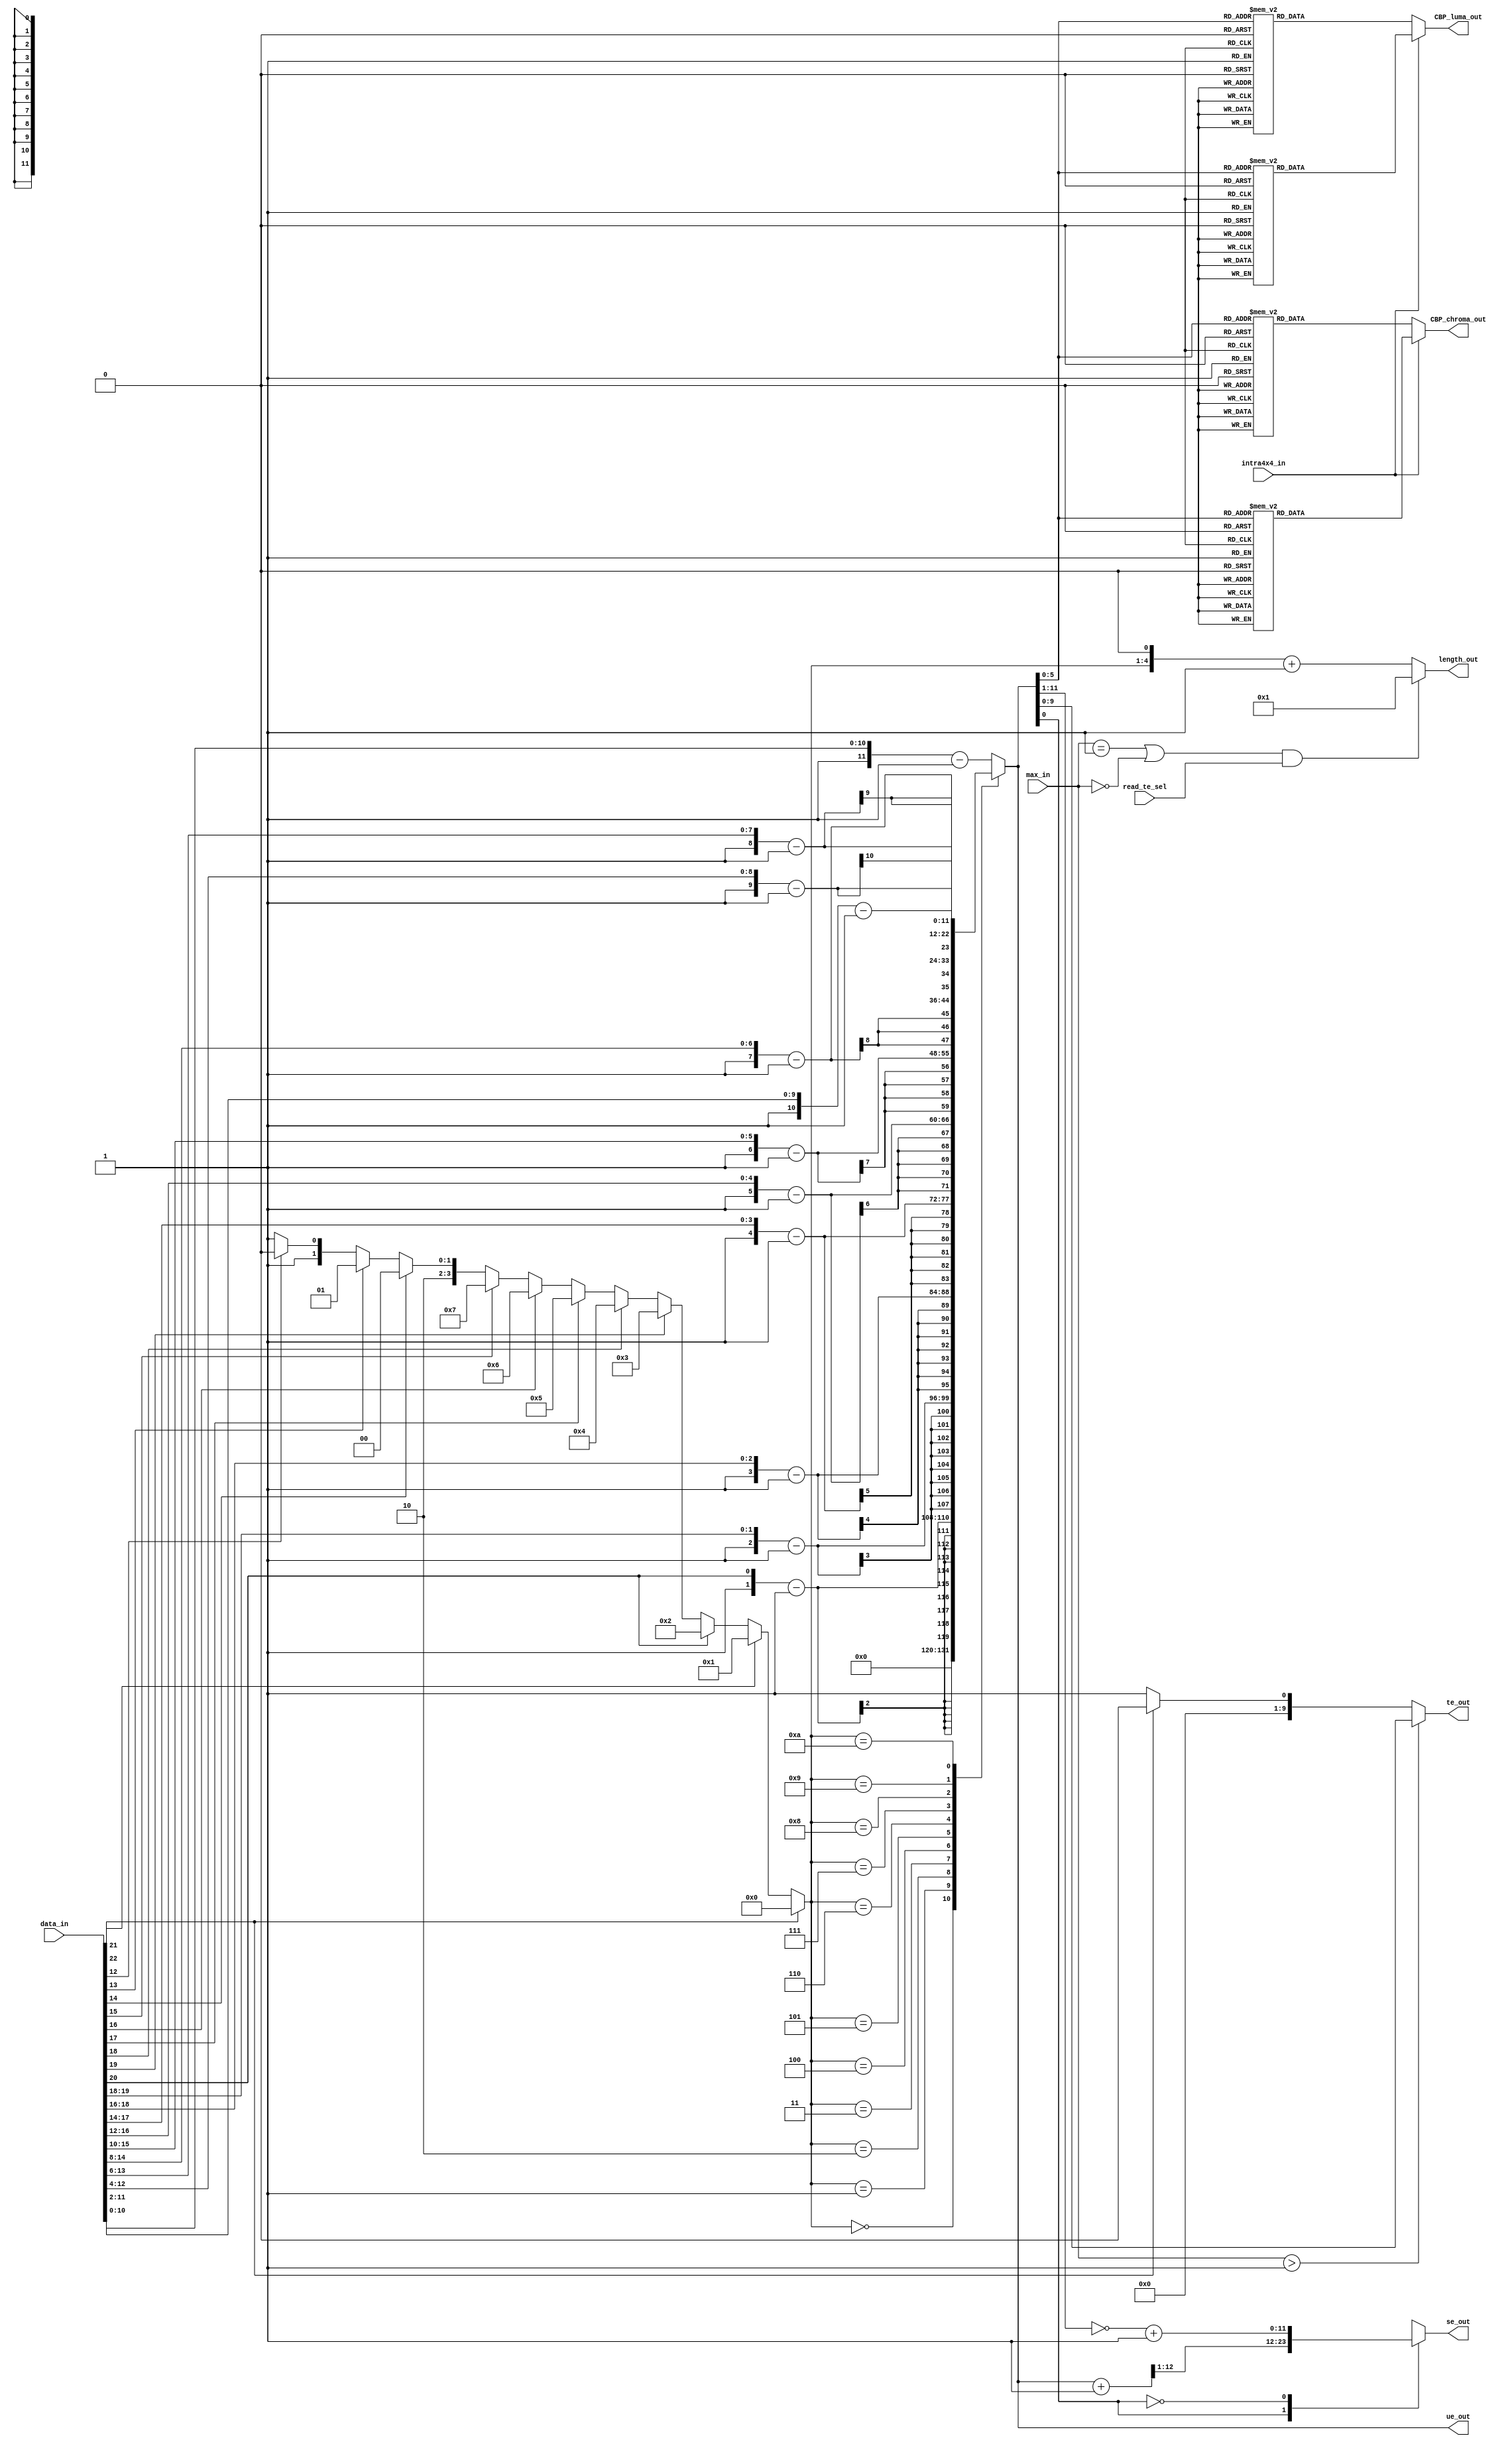
module read_exp_golomb
(
 data_in,
 max_in,
 read_te_sel,
 intra4x4_in,
 
 ue_out, 
 se_out,
 te_out,
 
 CBP_luma_out, 
 CBP_chroma_out,
 
 length_out
);

input   [22:0] data_in;
input   [ 2:0] max_in;
input   read_te_sel;
input   intra4x4_in;

output  [11:0] ue_out;
output  [11:0] se_out;
output  [9:0] te_out;       //mb_skip_run > 255 appears
output  [1:0] CBP_chroma_out;
output  [3:0] CBP_luma_out;
output  [4:0] length_out;

reg [3:0] num_zero_bits;
reg [11:0] ue_out;
reg [11:0] se_out;
reg [9:0] te_out;
reg [4:0] length_out;
reg[1:0] CBP_chroma_out;
reg[3:0] CBP_luma_out;

always @( data_in)
        case ( 1'b1 )   
        data_in[22] : num_zero_bits <= 0;
        data_in[21] : num_zero_bits <= 1;
        data_in[20] : num_zero_bits <= 2;
        data_in[19] : num_zero_bits <= 3;
        data_in[18] : num_zero_bits <= 4;
        data_in[17] : num_zero_bits <= 5;
        data_in[16] : num_zero_bits <= 6;
        data_in[15] : num_zero_bits <= 7;
        data_in[14] : num_zero_bits <= 8;
        data_in[13] : num_zero_bits <= 9;
        data_in[12] : num_zero_bits <= 10;     
        default     : num_zero_bits <= 11;       
        endcase

always @(max_in or read_te_sel or num_zero_bits )
    if ((max_in == 1 || max_in == 0) && read_te_sel)
        length_out  <= 1;
    else
        length_out <= (num_zero_bits << 1) + 1'b1;

//------------------------
// read_ue
//------------------------
always @( num_zero_bits or data_in)
        case ( num_zero_bits )
        0 : ue_out <= 0;
        1 : ue_out <= { 9'b1, data_in[20:20] } - 1;
        2 : ue_out <= { 8'b1, data_in[19:18] } - 1;
        3 : ue_out <= { 7'b1, data_in[18:16] } - 1;
        4 : ue_out <= { 6'b1, data_in[17:14] } - 1;
        5 : ue_out <= { 5'b1, data_in[16:12]  } - 1;
        6 : ue_out <= { 4'b1, data_in[15:10]  } - 1;
        7 : ue_out <= { 3'b1, data_in[14:8]  } - 1;
        8 : ue_out <= { 2'b1, data_in[13:6]  } - 1;
        9 : ue_out <= { 4'b1, data_in[12:4]  } - 1;
        10: ue_out <= { 3'b1, data_in[11:2]  } - 1;
        default : ue_out <= { 1'b1, data_in[ 10:0]  } - 1;
        endcase
 

//------------------------
// read_se
//------------------------
always @(ue_out)
    case (ue_out[0])
    1:se_out <= (ue_out + 1) >> 1;
    0:se_out <= ~ue_out[11:1] + 1;
    endcase

//------------------------
// read_te
//------------------------
always @(ue_out or max_in or data_in)
    if(max_in > 1)
        te_out <= ue_out;
    else
        te_out <= data_in[22] == 1? 8'b0:8'b1;
    
//------------------------
// read_me
//------------------------
always @(ue_out or intra4x4_in)
    if (intra4x4_in)
        case(ue_out[5:0])
            2, 3, 8, 9,10,11,17,18,19,20,29,30,31,32,37,38 : CBP_chroma_out <= 0;
            1, 4, 5, 6, 7,16,21,22,23,24,33,34,35,36,39,40 : CBP_chroma_out <= 1;
            0,12,13,14,15,25,26,27,28,41,42,43,44,45,46,47 : CBP_chroma_out <= 2;
            default: CBP_chroma_out <= 0;
        endcase
    else
        case(ue_out[5:0])
            0, 2, 3, 4, 5, 7, 8, 9,10,11,13,14,15,16,17,18 : CBP_chroma_out <= 0;
            1,19,32,33,34,35,36,37,38,39,40,41,42,43,44,45 : CBP_chroma_out <= 1;   
            6,12,20,21,22,23,24,25,26,27,28,29,30,31,46,47 : CBP_chroma_out <= 2; 
            default: CBP_chroma_out <= 0;
        endcase

always @(ue_out or intra4x4_in)
    if (intra4x4_in)
        case(ue_out[5:0])
            3,16,41:  CBP_luma_out <= 0;
            29,33,42: CBP_luma_out <= 1;
            30,34,43: CBP_luma_out <= 2;
            17,21,25: CBP_luma_out <= 3;
            31,35,44: CBP_luma_out <= 4;
            18,22,26: CBP_luma_out <= 5;
            37,39,46: CBP_luma_out <= 6;
            4,8,12:   CBP_luma_out <= 7;
            32,36,45: CBP_luma_out <= 8;
            38,40,47: CBP_luma_out <= 9;
            19,23,27: CBP_luma_out <= 10;
            5,9,13:   CBP_luma_out <= 11;
            20,24,28: CBP_luma_out <= 12;
            6,10,14:  CBP_luma_out <= 13;
            7,11,15:  CBP_luma_out <= 14;
            0,1,2:    CBP_luma_out <= 15;
            default: CBP_luma_out <= 0;
        endcase
    else
        case(ue_out[5:0])
            0,1,6:    CBP_luma_out <= 0;
            2,24,32:  CBP_luma_out <= 1;
            3,25,33:  CBP_luma_out <= 2;
            7,20,36:  CBP_luma_out <= 3;
            4,26,34:  CBP_luma_out <= 4;
            8,21,37:  CBP_luma_out <= 5;
            17,44,46: CBP_luma_out <= 6;
            13,28,40: CBP_luma_out <= 7;
            5,27,35:  CBP_luma_out <= 8;
            18,45,47: CBP_luma_out <= 9;
            9,22,38:  CBP_luma_out <= 10;
            14,29,41: CBP_luma_out <= 11;
            10,23,39: CBP_luma_out <= 12;
            15,30,42: CBP_luma_out <= 13;
            16,31,43: CBP_luma_out <= 14;
            11,12,19: CBP_luma_out <= 15;
            default: CBP_luma_out <= 0;
        endcase
        
endmodule